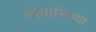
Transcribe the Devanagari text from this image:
योगाग्निच्या